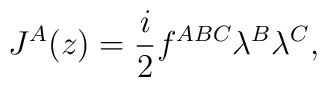
J^{A}(z)=\frac{i}{2}f^{ABC}\lambda^{B}\lambda^{C},